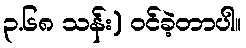
၃.၆၈ သန်း) ဝင်ခဲ့တာပါ။